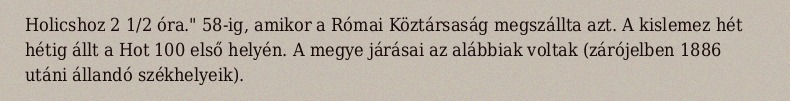
Holicshoz 2 1/2 óra." 58-ig, amikor a Római Köztársaság megszállta azt. A kislemez hét hétig állt a Hot 100 első helyén. A megye járásai az alábbiak voltak (zárójelben 1886 utáni állandó székhelyeik).